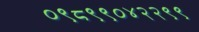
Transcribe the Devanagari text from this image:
०९८९९०४२२९९